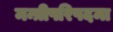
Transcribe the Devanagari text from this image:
मन्त्रीपरिषदमा